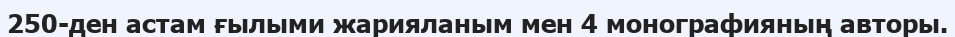
250-ден астам ғылыми жарияланым мен 4 монографияның авторы.